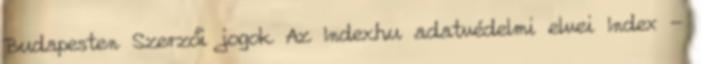
Budapesten Szerzői jogok Az Index.hu adatvédelmi elvei Index -